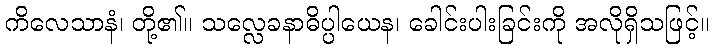
ကိလေသာနံ၊ တို့၏။ သလ္လေခနာဓိပ္ပါယေန၊ ခေါင်းပါးခြင်းကို အလိုရှိသဖြင့်။